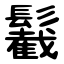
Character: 䰏